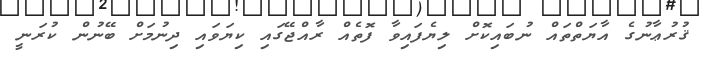
ޤުރުޢާނުގެ އާޔަތްތައް ނުބައިކޮށް ލިޔެފައިވާ ފޮތެއް ރާއްޖޭގައި ކިޔަވައި ދިނުމަށް ބޭނުން ކުރަނީ